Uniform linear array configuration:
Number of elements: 16
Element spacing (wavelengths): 0.75
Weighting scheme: exponential
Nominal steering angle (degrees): -30
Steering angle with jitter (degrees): -29.019
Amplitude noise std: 0.05
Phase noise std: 0.05

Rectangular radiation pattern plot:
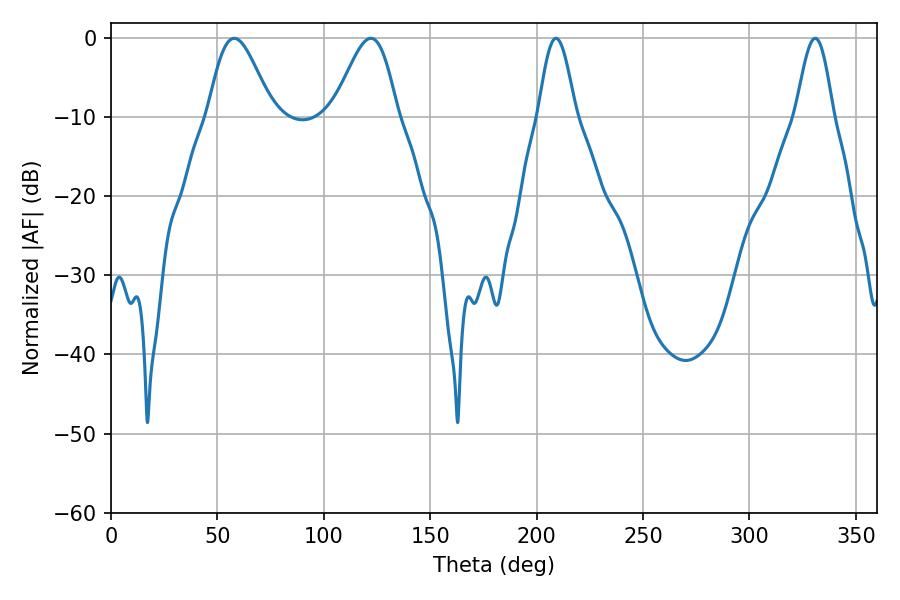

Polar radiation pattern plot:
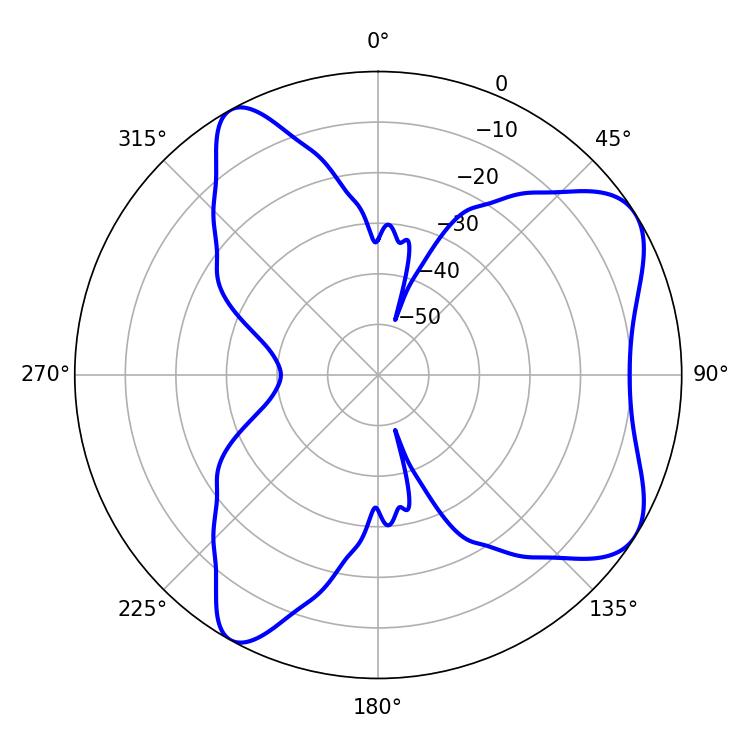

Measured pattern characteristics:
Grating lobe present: TRUE
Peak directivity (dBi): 7.081
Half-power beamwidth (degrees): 16.02
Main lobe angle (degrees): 57.96